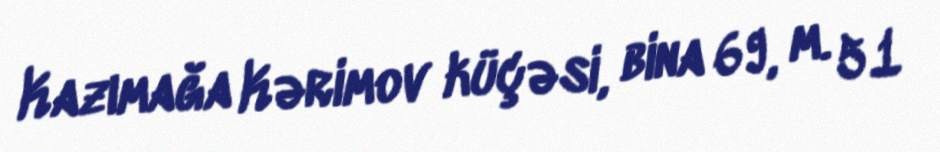
Kazımağa Kərimov küçəsi, bina 69, m. 51